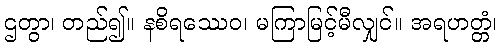
ဌတွာ၊ တည်၍။ နစိရဿေဝ၊ မကြာမြင့်မီလျှင်။ အရဟတ္တံ၊